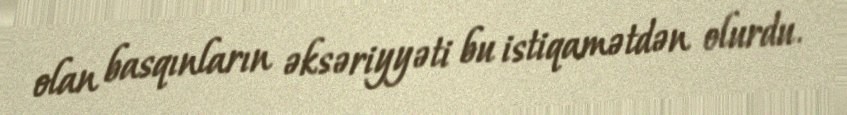
olan basqınların əksəriyyəti bu istiqamətdən olurdu.